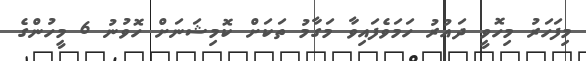
މިފަހަރު މިހޮވީ ދައުރު ހަމަވެފައިވާ މަގާމު ތަކަށް ކޮމިޝަނަށް ހޮވުނު 6 މީހުންގެ